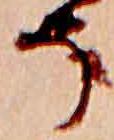
そ